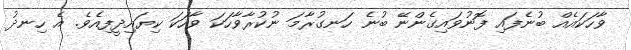
ވާހަކައެއް ބުނެފައި ފޮނުވައިގެންނޭ ބުނެ ހަނގުރާމަ ނުކުރާވާހަކަ ވާހަކަ ކިޔައިދީފިއެވެ. އެ ހިނދު